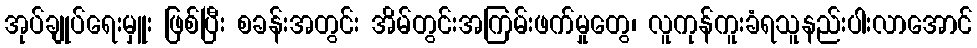
အုပ်ချုပ်ရေးမှူး ဖြစ်ပြီး စခန်းအတွင်း အိမ်တွင်းအကြမ်းဖက်မှုတွေ၊ လူကုန်ကူးခံရသူနည်းပါးလာအောင်